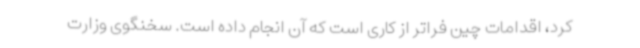
کرد، اقدامات چین فراتر از کاری است که آن انجام داده است. سخنگوی وزارت